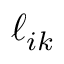
\ell _ { i k }